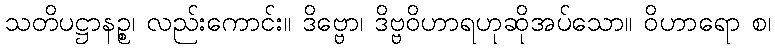
သတိပဋ္ဌာနဉ္စ၊ လည်းကောင်း။ ဒိဗ္ဗော၊ ဒိဗ္ဗဝိဟာရဟုဆိုအပ်သော။ ဝိဟာရော စ၊